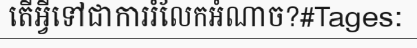
តើអ្វីទៅជាការរំលែកអំណាច?#Tages: